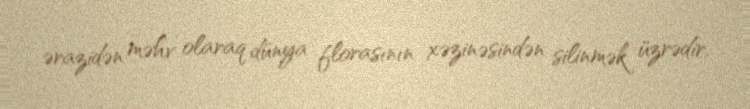
ərazidən məhv olaraq dünya florasının xəzinəsindən silinmək üzrədir.